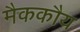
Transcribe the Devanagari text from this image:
मैककौय